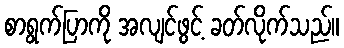
စာရွက်ပြာကို အလျင်ဖွင့် ခတ်လိုက်သည်။